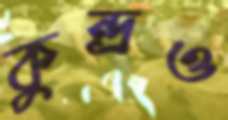
কুন্দ্রও